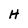
Character: H